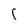
Character: 1